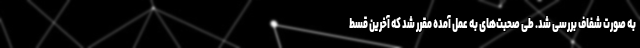
به صورت شفاف بررسی شد. طی صحبت‌های به عمل آمده مقرر شد که آخرین قسط